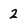
Character: 2